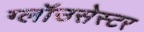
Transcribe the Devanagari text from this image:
ग्लॉउसेस्टर